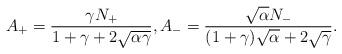
\begin{align*}A_{+}=\frac{\gamma N_{+}}{1+\gamma+2\sqrt{\alpha\gamma}},A_{-}=\frac{\sqrt{\alpha}N_{-}}{(1+\gamma)\sqrt{\alpha}+2\sqrt{\gamma}}.\end{align*}